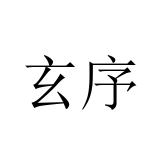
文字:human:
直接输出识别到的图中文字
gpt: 玄序